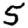
Digit: 5